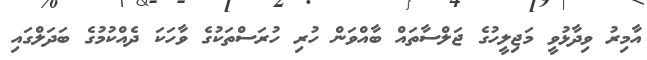
އާމިރު ވިދާޅުވީ މަޖިިލީހުގެ ޖަލްސާތައް ބާއްވަން ހުރި ހުރަސްތަކުގެ ވާހަކަ ދެއްކުމުގެ ބަދަލްގައި